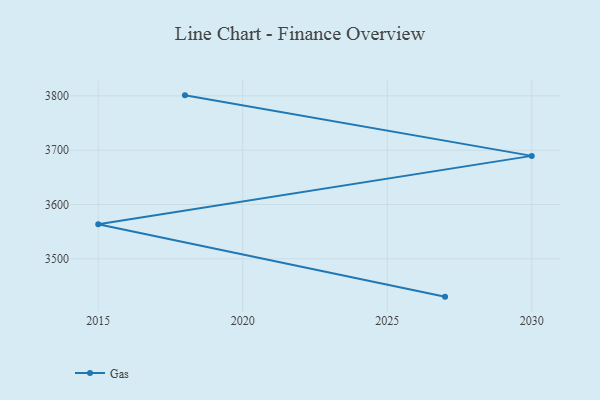
{"axis": {"x": "Year", "y": "Customer Acquisition Cost (USD)"}, "legend": ["Gas"], "data": [{"x": "2018", "y": 3801.1, "type": "Gas"}, {"x": "2030", "y": 3689.6, "type": "Gas"}, {"x": "2015", "y": 3563.5, "type": "Gas"}, {"x": "2027", "y": 3430.3, "type": "Gas"}]}